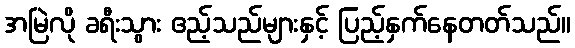
အမြဲလို ခရီးသွား ဧည့်သည်များနှင့် ပြည့်နှက်နေတတ်သည်။